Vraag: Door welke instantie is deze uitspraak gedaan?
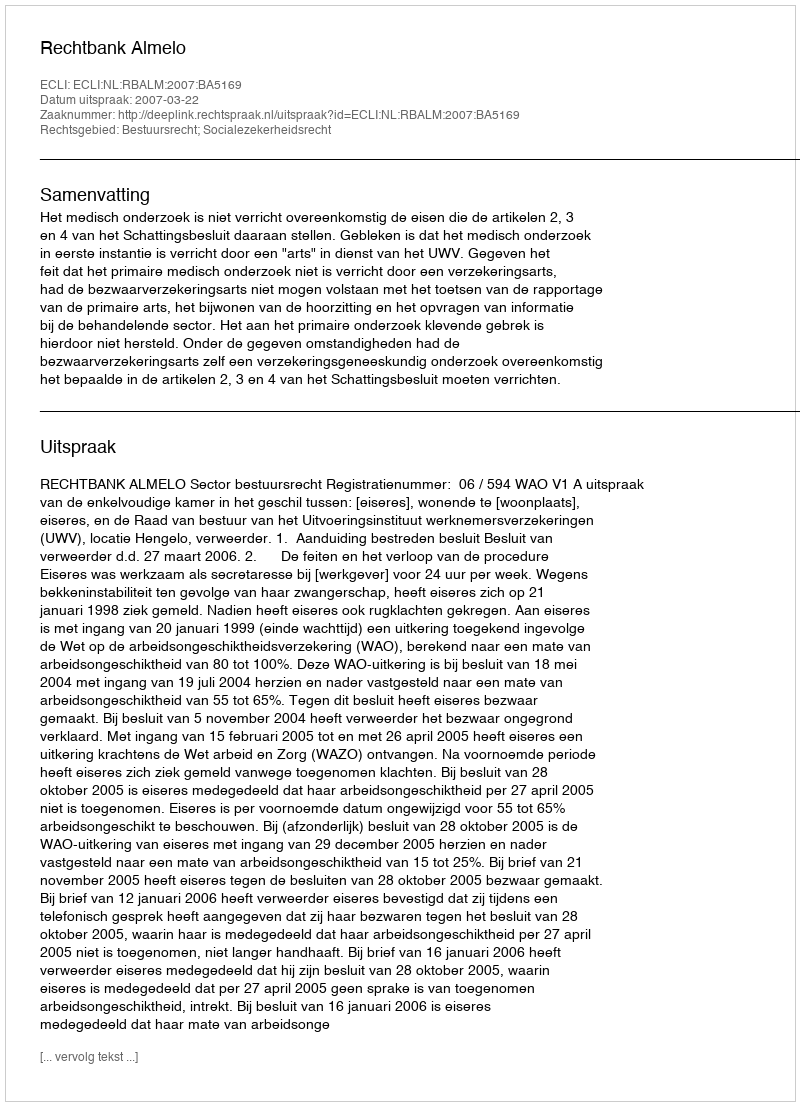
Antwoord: Rechtbank Almelo